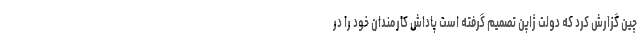
چین گزارش کرد که دولت ژاپن تصمیم گرفته است پاداش کارمندان خود را در